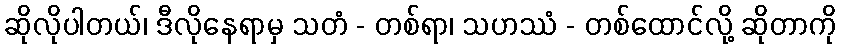
ဆိုလိုပါတယ်၊ ဒီလိုနေရာမှ သတံ - တစ်ရာ၊ သဟဿံ - တစ်ထောင်လို့ ဆိုတာကို